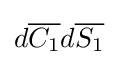
d{\overline {C_{1}}}d{\overline {S_{1}}}